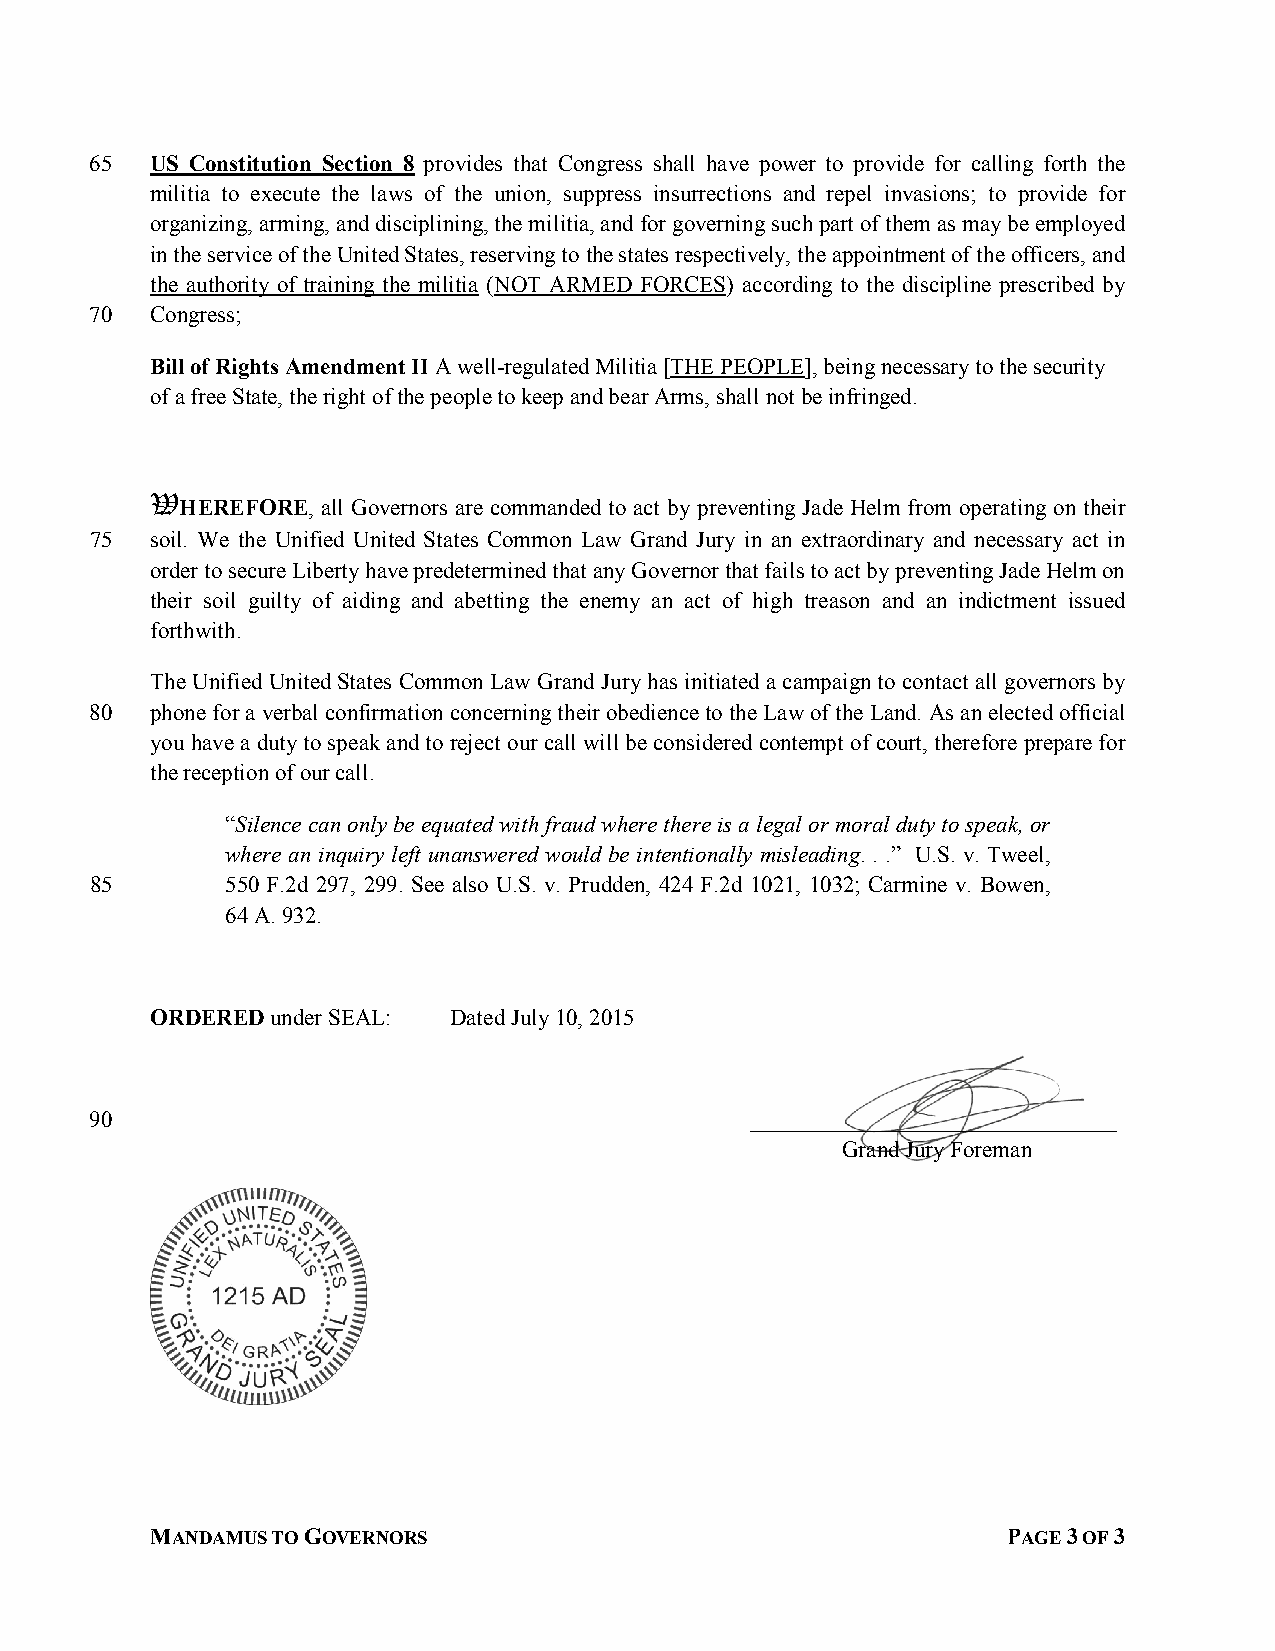
65  US Constitution Section 8 provides that Congress shall have power to provide for calling forth the
 militia to execute the laws of the union, suppress insurrections and repel invasions; to provide for
 organizing, arming, and disciplining, the militia, and for governing such part of them as may be employed
 in the service of the United States, reserving to the states respectively, the appointment of the officers, and
 the authority of training the militia (NOT ARMED FORCES) according to the discipline prescribed by
 70  Congress;
 Bill of Rights Amendment II A well-regulated Militia [THE PEOPLE], being necessary to the security
 of a free State, the right of the people to keep and bear Arms, shall not be infringed.
 WWWW
 HEREFORE, all Governors are commanded to act by preventing Jade Helm from operating on their
 75  soil. We the Unified United States Common Law Grand Jury in an extraordinary and necessary act in
 order to secure Liberty have predetermined that any Governor that fails to act by preventing Jade Helm on
 their soil guilty of aiding and abetting the enemy an act of high treason and an indictment issued
 forthwith.
 The Unified United States Common Law Grand Jury has initiated a campaign to contact all governors by
 80  phone for a verbal confirmation concerning their obedience to the Law of the Land. As an elected official
 you have a duty to speak and to reject our call will be considered contempt of court, therefore prepare for
 the reception of our call.
 “Silence can only be equated with fraud where there is a legal or moral duty to speak, or
 where an inquiry left unanswered would be intentionally misleading. . .” U.S. v. Tweel,
 85       550 F.2d 297, 299. See also U.S. v. Prudden, 424 F.2d 1021, 1032; Carmine v. Bowen,
 64 A. 932.
 ORDERED under SEAL: Dated July 10, 2015
 90                                          ________________________________
 Grand Jury Foreman
 MANDAMUS TO GOVERNORS                                    PAGE 3 OF 3